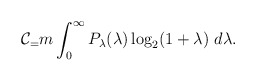
\begin{align*}\mathcal{C}_=m\int_0^\infty P_\lambda(\lambda)\log_2(1+\lambda)\ d\lambda.\end{align*}